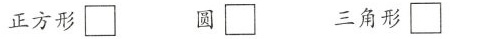
正方形 \Box 圆 \Box 三角形\Box